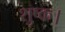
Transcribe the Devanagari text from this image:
शुष्क।